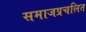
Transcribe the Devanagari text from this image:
समाजप्रचलित